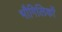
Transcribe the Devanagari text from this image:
भौगिलिकों